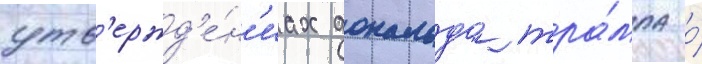
утв'ержд'е́н'иах дональда тра́мпа о́